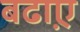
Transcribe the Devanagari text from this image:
बढा़ए